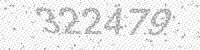
Solution: 322479